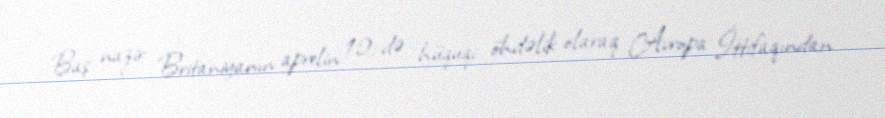
Baş nazir Britaniyanın aprelin 12-də hüquqi öhdəlik olaraq Avropa İttifaqından